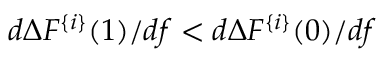
d \Delta F ^ { \{ i \} } ( 1 ) / d f < d \Delta F ^ { \{ i \} } ( 0 ) / d f